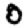
Digit: 0